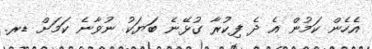
އެހެން ކަމުން އެ ދެ ފިކުރާ ގުޅޭނެ ބަޔަކު ނުވާނެ ކަމަށް ޑރ.